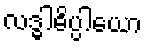
လဒ္ဓါဓိပ္ပါယော